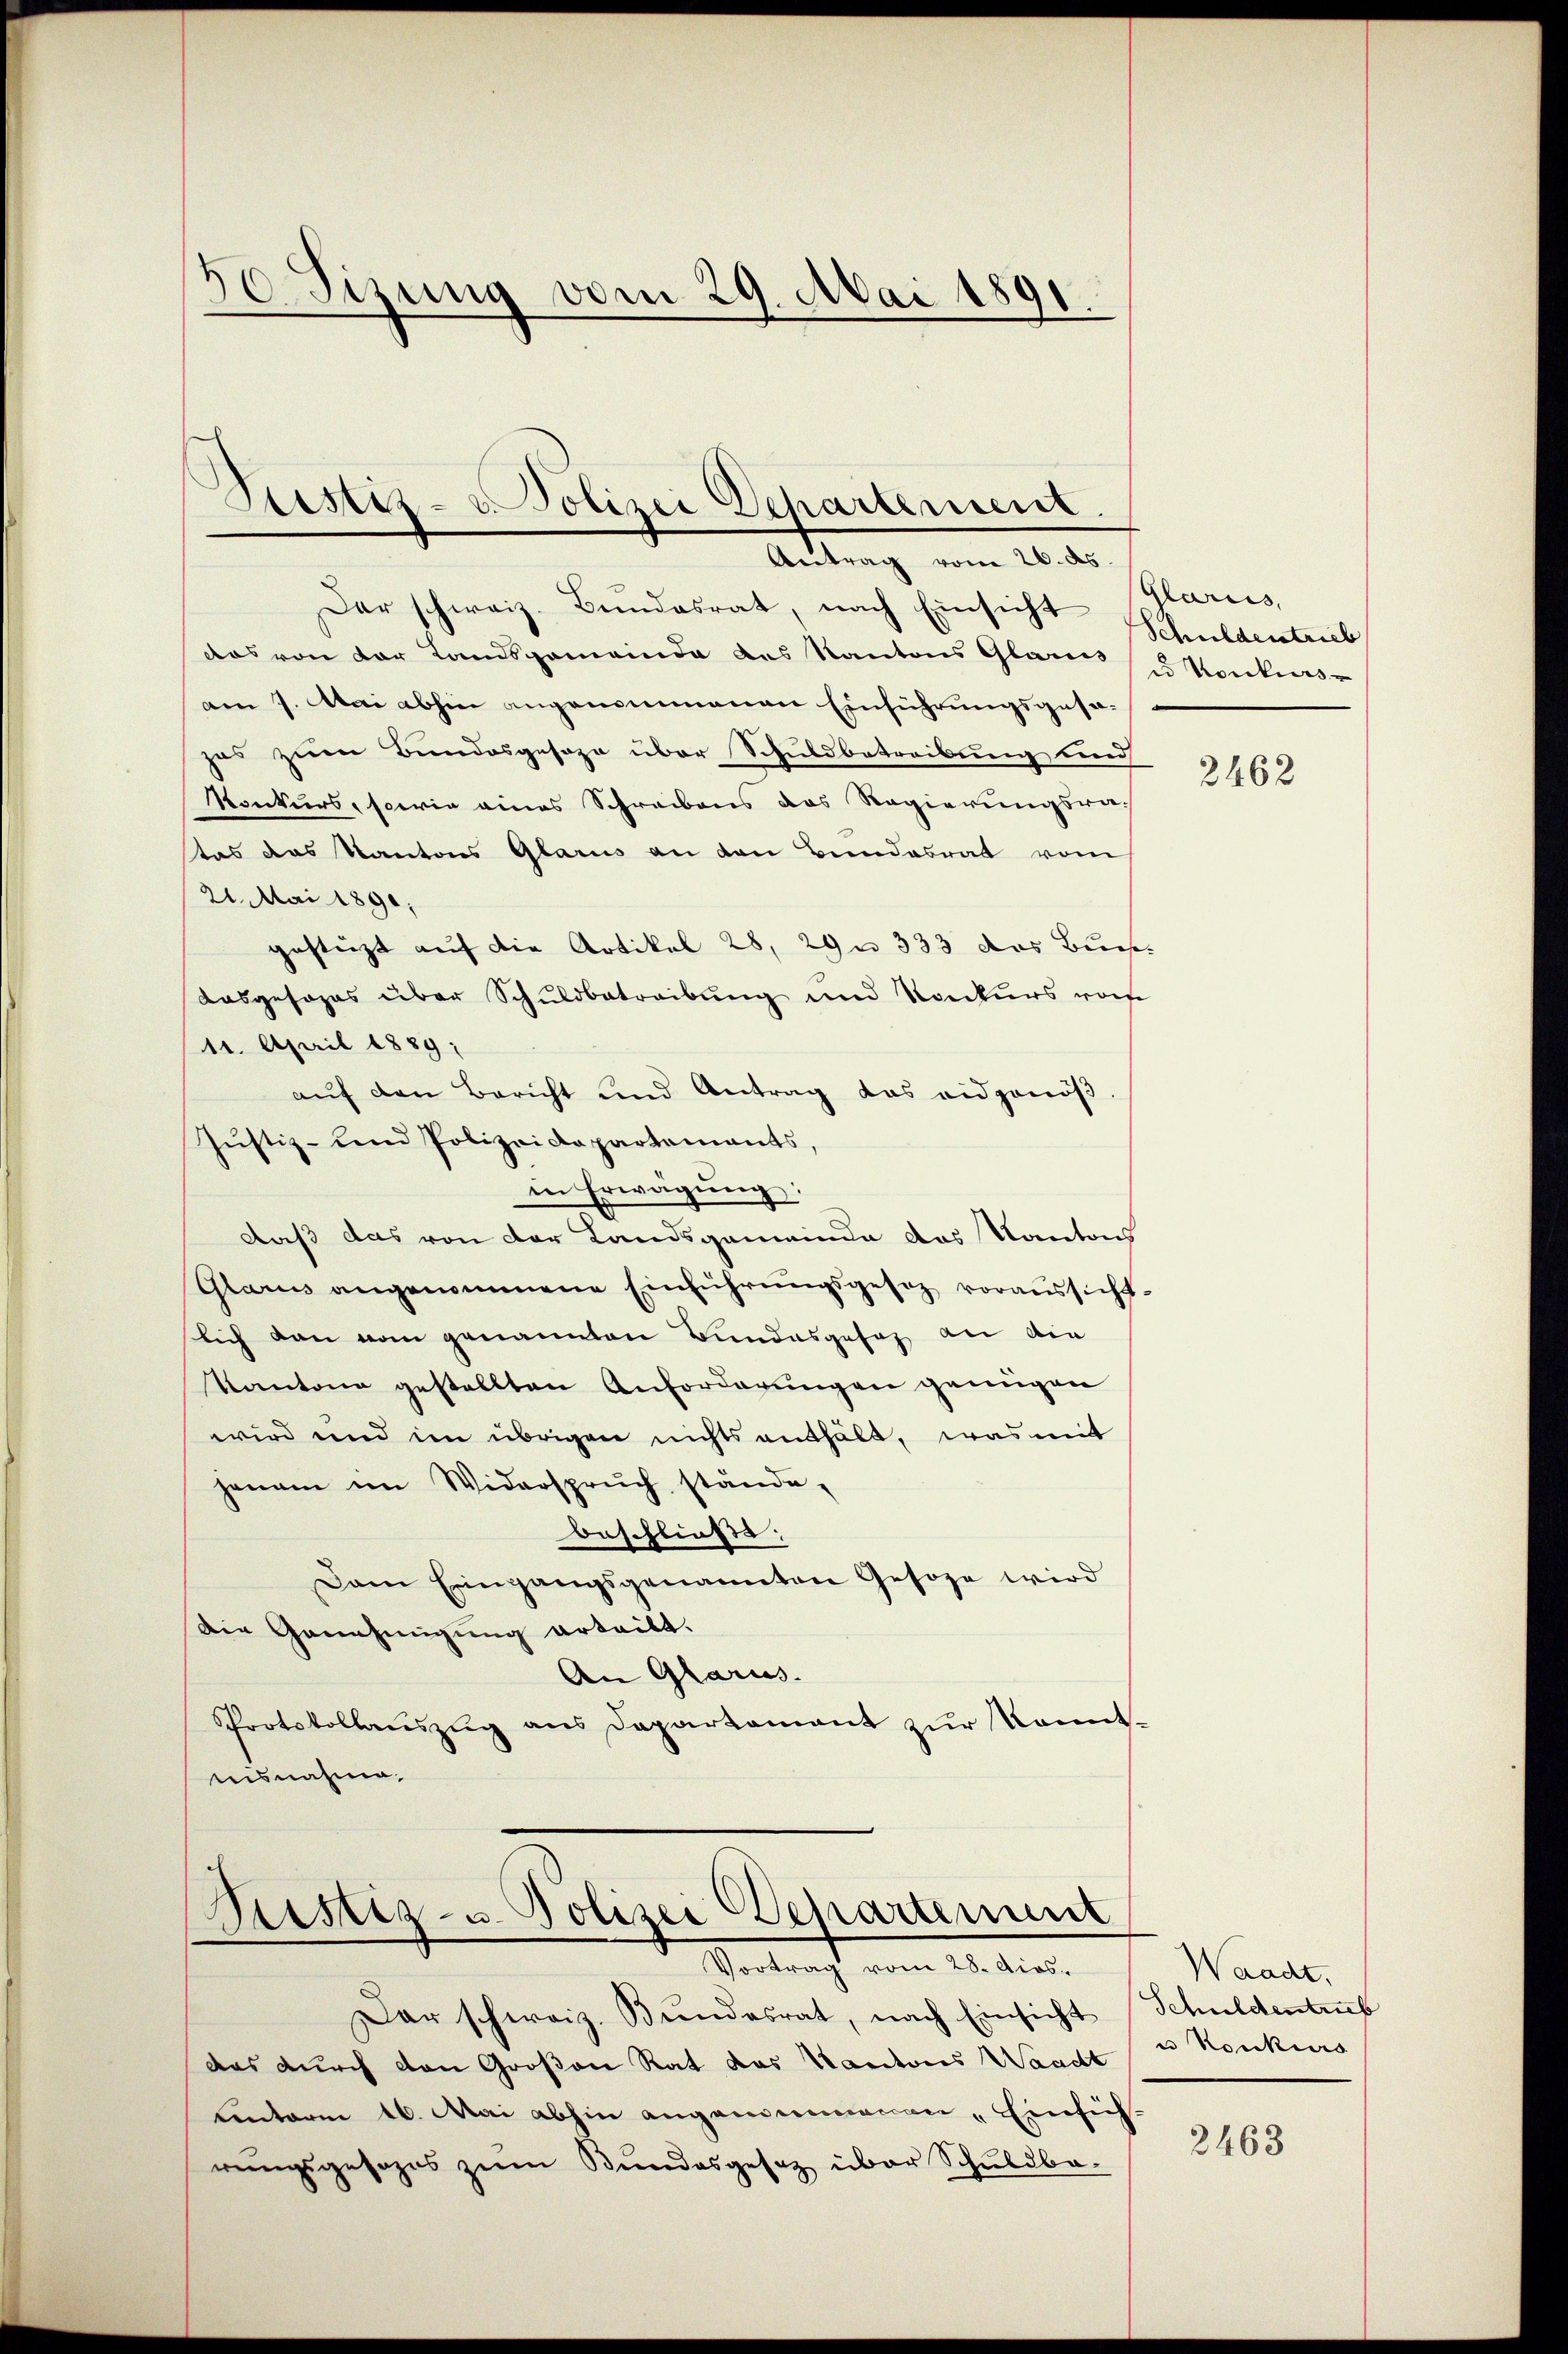
30 Sizung vom 29. Mai 1891.

Justiz- u. Polizei Departement

Antrag vom 26. ds.

Dar schweiz. Bundesrat, nach Einsicht
das von der Landsgemeinde des Kantons Glarus konkurs-
am 7. Mai abhin angenommenen Einführungsgesa-
has zum Bundesgeseze über Schuldbetreibung und
Konkurs, sowie eines Schreibens das Regierungsratas das Kantons Glarus an den Bundesrat vom
21. Mai 1890;
gestürzt auf die Artikel 28, 29 n 333 das Burs
Aasgesages über Schuldbetreibung und Konkurs von
11. April 1889 :
aŭf den Bericht und Antrag das eidgenöβ-
Justiz- und Polizeidepartements,
in Erwägŭng:
daß das von der Landsgemeinde das Kantoch
Glarus angenommene Einführungsgesetz voraussichtlich dann vom genannten Bundesgesag an die
Kantone gestellten Anforderungen genügen
wird und im übrigen nichts enthält, was mit
jenam im Widerspruch stände,
beschliess,
Dam Eingangsgenannten Gesoze wird
Die Genehmigung erteilt.
An Glarus.
Protokollauszug aus Departement zur Kenntensnahme.

Sistiz- u. Polizei Departement
Vortrag vom 28. dios.

Dar schweiz. Bŭndesrat, nach Einsicht Schuldentrub
das durch den Großen Rat das Kantones Waadt
unterm 16. Mai abhin angenommenen „Einsich
rungsgesezes zum Bundesgesetz über Schuldba-

Glarus,
Schuldentrieb

2462

Waadt,
u Konkurs

2463